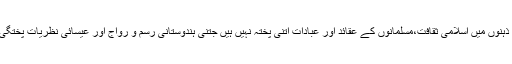
آج بچوں کے معصوم ذہنوں میں اسلامی ثقافت،مسلمانوں کے عقائد اور عبادات اتنی پختہ نہیں ہیں جتنی ہندوستانی رسم و رواج اور عیسائی نظریات پختگی اختیار کر چکے ہیں۔